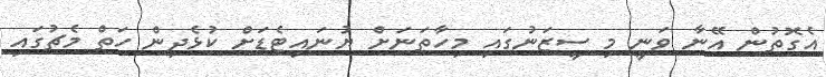
އެގޮތުން އޭނާ ވަނީ މި ސީޒަނުގައި މިހާތަނަށް ޔުނައިޓެޑަށް ކުޅެދިން ހަތް މެޗުގައި